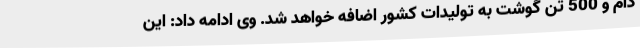
دام و 500 تن گوشت به تولیدات کشور اضافه خواهد شد. وی ادامه داد: این